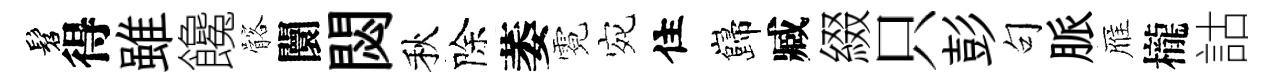
髫得雖饞髂闤閟秋除萎霓宛住巋臧綴只彭句脈雁櫳詁